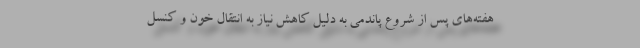
هفته‌های پس از شروع پاندمی به دلیل کاهش نیاز به انتقال خون و کنسل